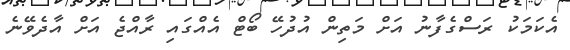
އެކަމަކު ރަސްގެފާނު އަށް މަތިން އުދުހޭ ބޯޓް އެއްގައި ރާއްޖެ އަށް އާދެވޭނެ